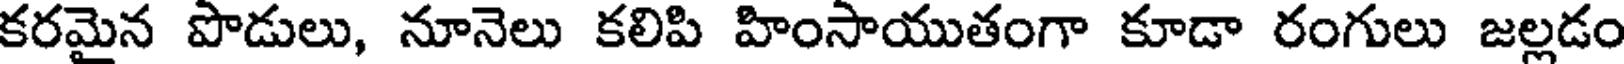
కరమైన పొడులు, నూనెలు కలిపి హింసాయుతంగా కూడా రంగులు జల్లడం